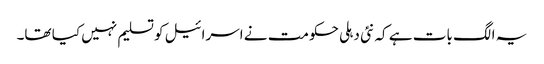
یہ الگ بات ہے کہ نئی دہلی حکومت نے اسرائیل کو تسلیم نہیں کیا تھا۔